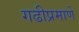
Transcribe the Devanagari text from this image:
गढीप्रमाणे